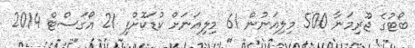
ބޯޓުގެ ޖޫރިމަނާ 500 މިލިއަނުން 61 މިލިއަނަށް ކުޑަކޮށްފި 21 އޯގަސްޓް 2014